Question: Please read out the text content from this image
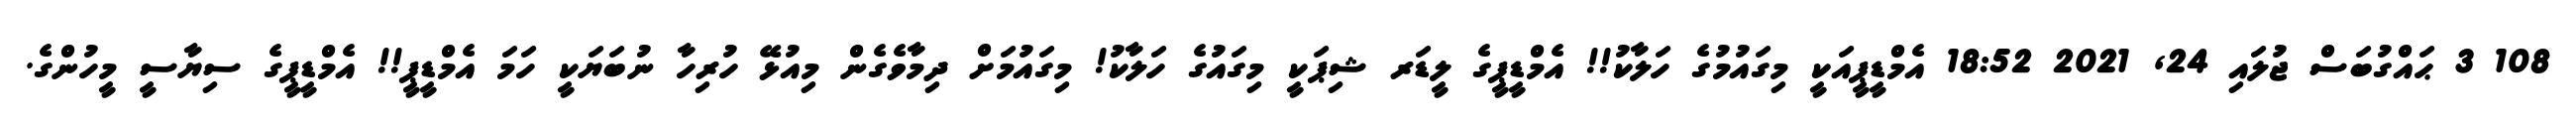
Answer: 108 3 ޙައްގުބަސް ޖުލައި 24, 2021 18:52 އެމްޑީޕީއަކީ މިގައުމުގެ ހަލާކު!! އެމްޑީޕީގެ ލީޑަރ ޝިޕަކީ މިގައުގެ ހަލާކު! މިގައުމަށް ދިމާވެގެން މިއުޅޭ ހުރިހާ ނުބަޔަކީ ހަމަ އެމްޑީޕީ!! އެމްޑީޕީގެ ސިޔާސީ މީހުންގެ.